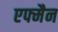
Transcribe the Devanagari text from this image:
एफ्मैन